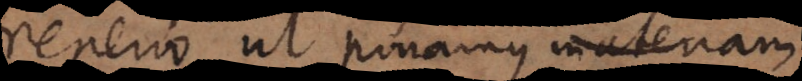
reperio, ut ponamus m